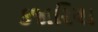
કજારિયા